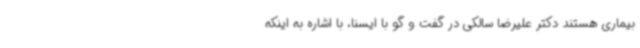
بیماری هستند دکتر علیرضا سالکی در گفت و گو با ایسنا، با اشاره به اینکه